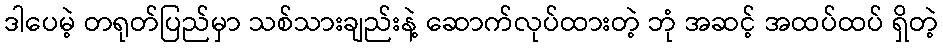
ဒါပေမဲ့ တရုတ်ပြည်မှာ သစ်သားချည်းနဲ့ ဆောက်လုပ်ထားတဲ့ ဘုံ အဆင့် အထပ်ထပ် ရှိတဲ့